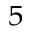
_ 5